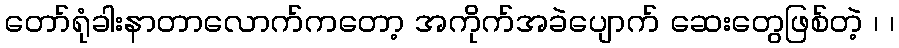
တော်ရုံခါးနာတာလောက်ကတော့ အကိုက်အခဲပျောက် ဆေးတွေဖြစ်တဲ့ ၊ ၊